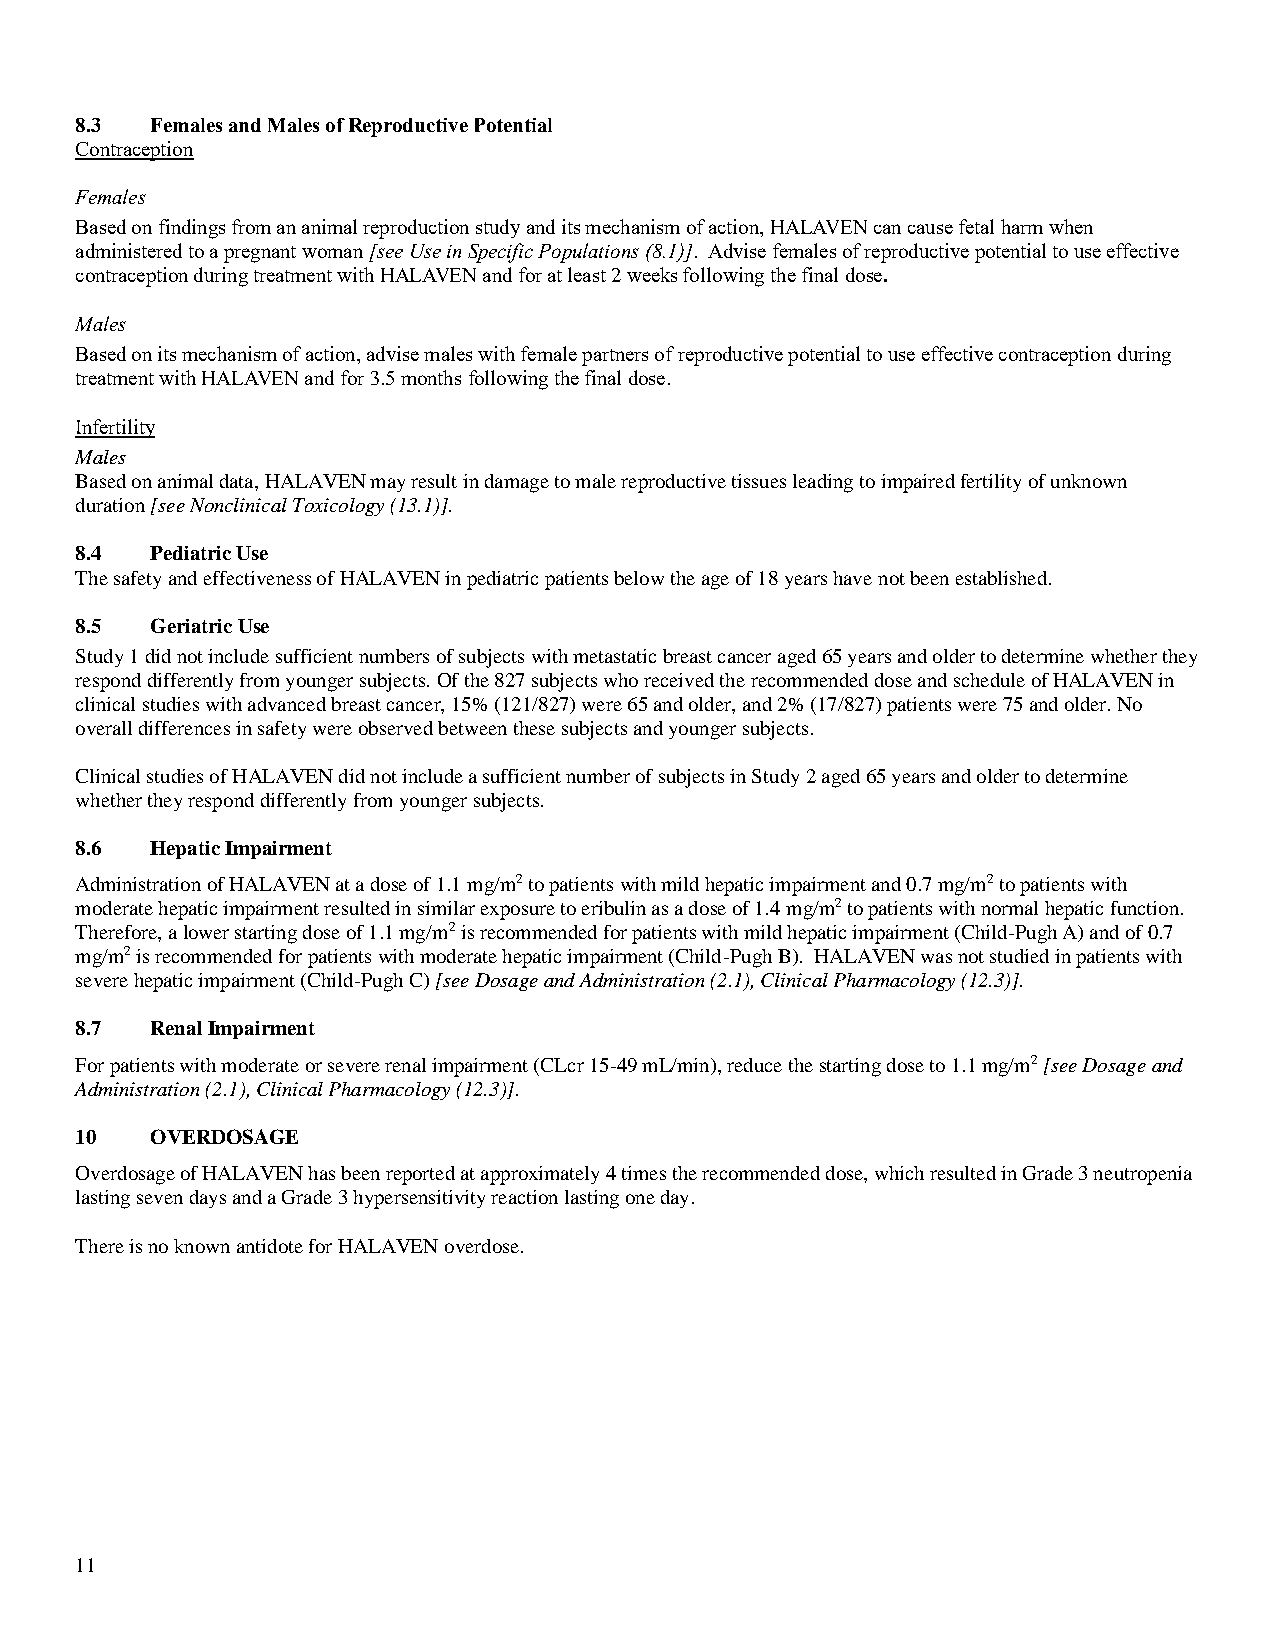
8.3  Females and Males of Reproductive Potential
 Contraception
 Females
 Based on findings from an animal reproduction study and its mechanism of action, HALAVEN can cause fetal harm when
 administered to a pregnant woman [see Use in Specific Populations (8.1)]. Advise females of reproductive potential to use effective
 contraception during treatment with HALAVEN and for at least 2 weeks following the final dose.
 Males
 Based on its mechanism of action, advise males with female partners of reproductive potential to use effective contraception during
 treatment with HALAVEN and for 3.5 months following the final dose.
 Infertility
 Males
 Based on animal data, HALAVEN may result in damage to male reproductive tissues leading to impaired fertility of unknown
 duration [see Nonclinical Toxicology (13.1)].
 8.4  Pediatric Use
 The safety and effectiveness of HALAVEN in pediatric patients below the age of 18 years have not been established.
 8.5  Geriatric Use
 Study 1 did not include sufficient numbers of subjects with metastatic breast cancer aged 65 years and older to determine whether they
 respond differently from younger subjects. Of the 827 subjects who received the recommended dose and schedule of HALAVEN in
 clinical studies with advanced breast cancer, 15% (121/827) were 65 and older, and 2% (17/827) patients were 75 and older. No
 overall differences in safety were observed between these subjects and younger subjects.
 Clinical studies of HALAVEN did not include a sufficient number of subjects in Study 2 aged 65 years and older to determine
 whether they respond differently from younger subjects.
 8.6  Hepatic Impairment
 Administration of HALAVEN at a dose of 1.1 mg/m2 to patients with mild hepatic impairment and 0.7 mg/m2 to patients with
 moderate hepatic impairment resulted in similar exposure to eribulin as a dose of 1.4 mg/m2 to patients with normal hepatic function.
 Therefore, a lower starting dose of 1.1 mg/m2 is recommended for patients with mild hepatic impairment (Child-Pugh A) and of 0.7
 mg/m2 is recommended for patients with moderate hepatic impairment (Child-Pugh B). HALAVEN was not studied in patients with
 severe hepatic impairment (Child-Pugh C) [see Dosage and Administration (2.1), Clinical Pharmacology (12.3)].
 8.7  Renal Impairment
 For patients with moderate or severe renal impairment (CLcr 15-49 mL/min), reduce the starting dose to 1.1 mg/m2 [see Dosage and
 Administration (2.1), Clinical Pharmacology (12.3)].
 10   OVERDOSAGE
 Overdosage of HALAVEN has been reported at approximately 4 times the recommended dose, which resulted in Grade 3 neutropenia
 lasting seven days and a Grade 3 hypersensitivity reaction lasting one day.
 There is no known antidote for HALAVEN overdose.
 11